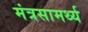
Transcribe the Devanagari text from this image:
मंत्रसामर्थ्य